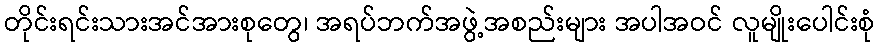
တိုင်းရင်းသားအင်အားစုတွေ၊ အရပ်ဘက်အဖွဲ့အစည်းများ အပါအဝင် လူမျိုးပေါင်းစုံ